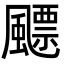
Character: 飃